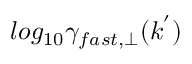
l o g _ { 1 0 } \gamma _ { f a s t , \perp } ( k ^ { ' } )